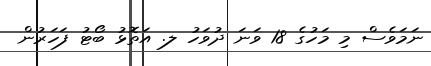
ނަމަވެސް މި މަހުގެ 18 ވަނަ ދުވަހު ލ. އަތޮޅު ބޯޓު ފަހަރުން